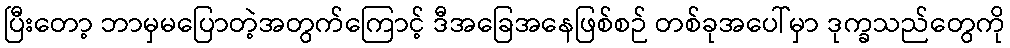
ပြီးတော့ ဘာမှမပြောတဲ့အတွက်ကြောင့် ဒီအခြေအနေဖြစ်စဉ် တစ်ခုအပေါ်မှာ ဒုက္ခသည်တွေကို